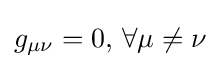
g_{\mu \nu }=0,\,\forall \mu \neq \nu